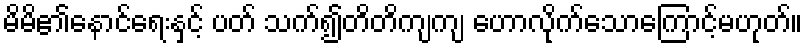
မိမိ၏နောင်ရေးနှင့် ပတ် သက်၍တိတိကျကျ ဟောလိုက်သောကြောင့်မဟုတ်။